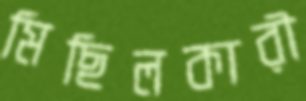
মিছিলকারী